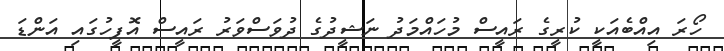
ހޯރަ އިއްބެއަކީ ކުރީގެ ރައީސް މުހައްމަދު ނަޝީދުގެ ދުވަސްވަރު ރައީސް އޮފީހުގައި އަންޑަ